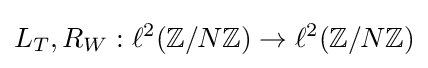
L_{T},R_{W}:\ell ^{2}(\mathbb {Z} /N\mathbb {Z} )\to \ell ^{2}(\mathbb {Z} /N\mathbb {Z} )